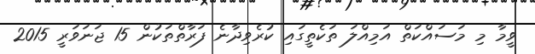
ވީމާ މި މަސައްކަތް އަމިއްލަ ތަކެތީގައި ކުރެވިދާނެ ފަރާތްތަކުން 15 ޖަނަވަރީ 2015